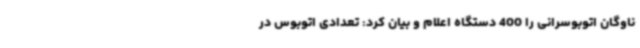
ناوگان اتوبوسرانی را 400 دستگاه اعلام و بیان کرد: تعدادی اتوبوس در